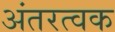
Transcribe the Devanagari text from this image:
अंतरत्‍वक